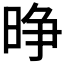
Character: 𪰭